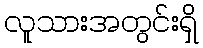
လူသားအတွင်းရှိ